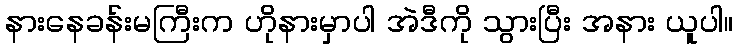
နားနေခန်းမကြီးက ဟိုနားမှာပါ အဲဒီကို သွားပြီး အနား ယူပါ။